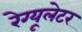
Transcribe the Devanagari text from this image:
रेग्यूलेटर